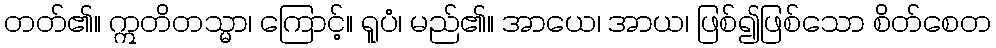
တတ်၏။ ဣတိတသ္မာ၊ ကြောင့်။ ရူပံ၊ မည်၏။ အာယေ၊ အာယ၊ ဖြစ်၍ဖြစ်သော စိတ်စေတ